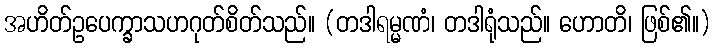
အဟိတ်ဥပေက္ခာသဟဂုတ်စိတ်သည်။ (တဒါရမ္မဏံ၊ တဒါရုံသည်။ ဟောတိ၊ ဖြစ်၏။)